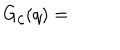
G _ { \zeta } ( q ) =